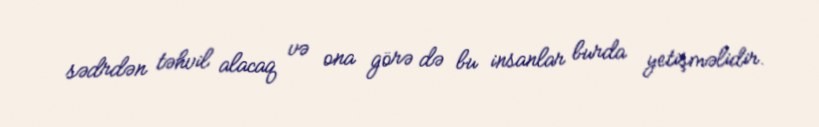
sədrdən təhvil alacaq və ona görə də bu insanlar burda yetişməlidir.